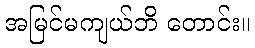
အမြင်မကျယ်ဘိ တောင်း။